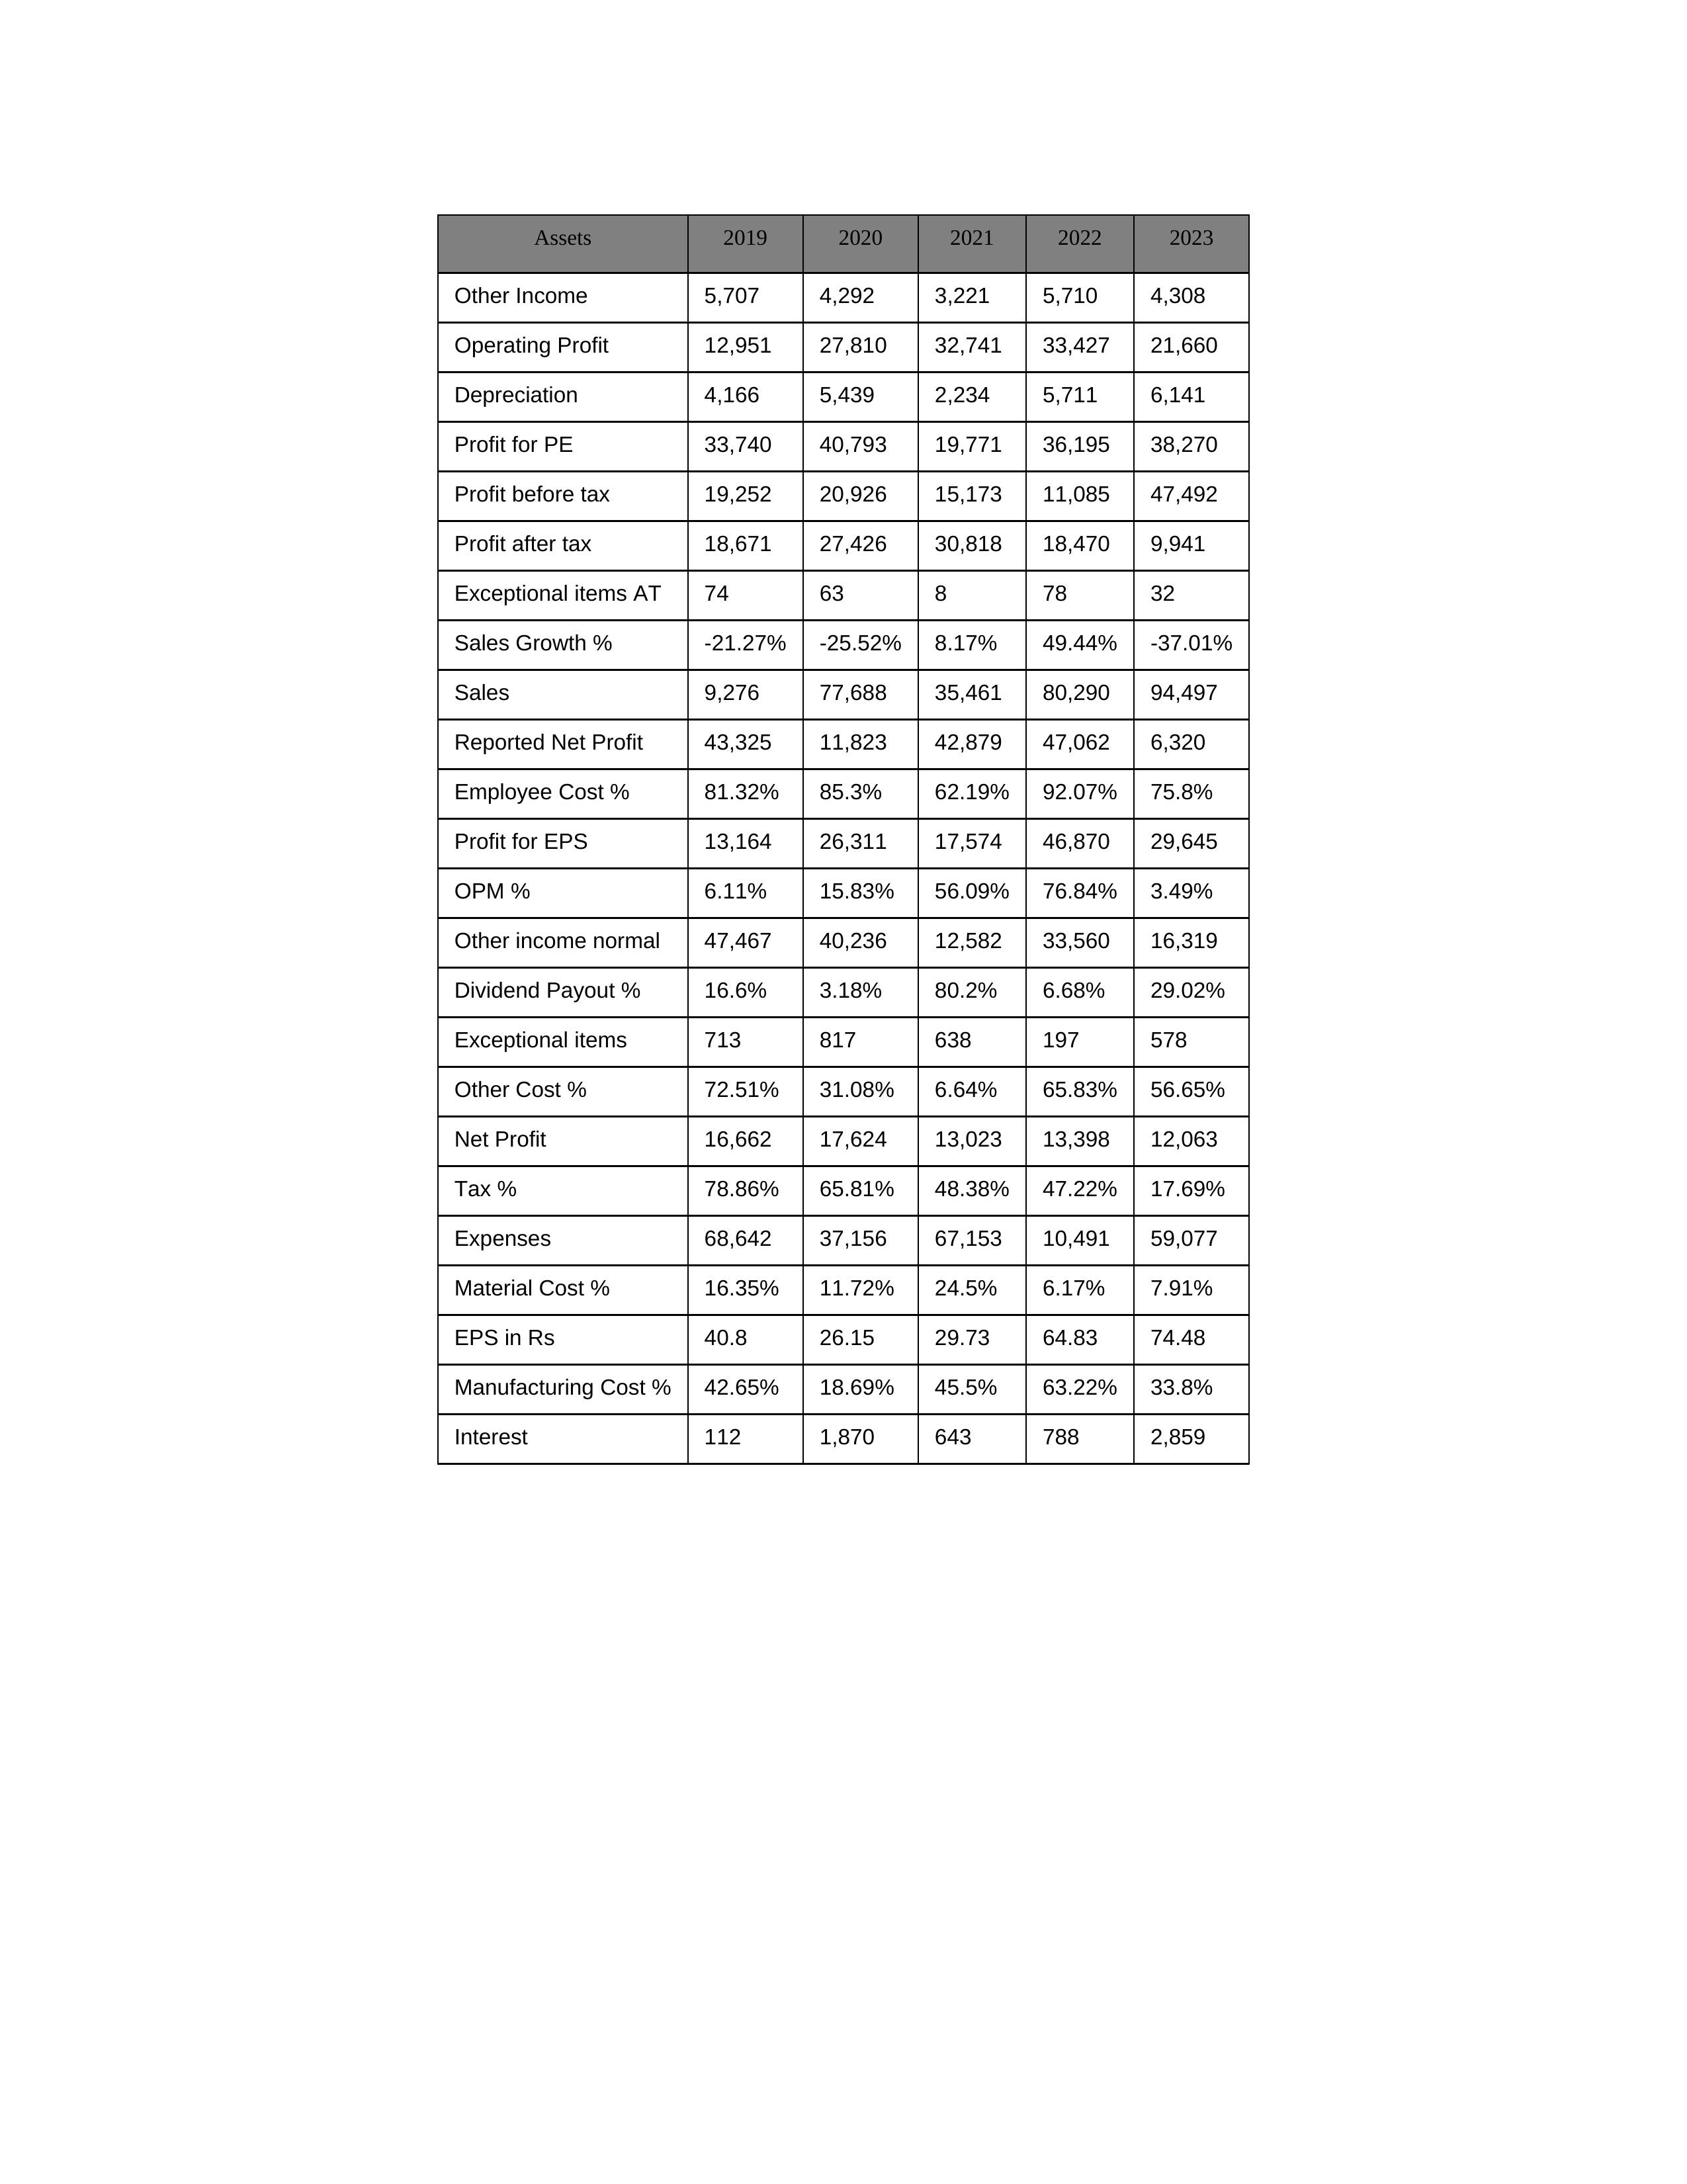
gt_parse: 2019: Sales: 9,276
Sales Growth %: -21.27%
Expenses: 68,642
Material Cost %: 16.35%
Manufacturing Cost %: 42.65%
Employee Cost %: 81.32%
Other Cost %: 72.51%
Operating Profit: 12,951
OPM %: 6.11%
Other Income: 5,707
Exceptional items: 713
Other income normal: 47,467
Interest: 112
Depreciation: 4,166
Profit before tax: 19,252
Tax %: 78.86%
Net Profit: 16,662
Profit after tax: 18,671
Reported Net Profit: 43,325
Profit for EPS: 13,164
Exceptional items AT: 74
Profit for PE: 33,740
EPS in Rs: 40.8
Dividend Payout %: 16.6%
2020: Sales: 77,688
Sales Growth %: -25.52%
Expenses: 37,156
Material Cost %: 11.72%
Manufacturing Cost %: 18.69%
Employee Cost %: 85.3%
Other Cost %: 31.08%
Operating Profit: 27,810
OPM %: 15.83%
Other Income: 4,292
Exceptional items: 817
Other income normal: 40,236
Interest: 1,870
Depreciation: 5,439
Profit before tax: 20,926
Tax %: 65.81%
Net Profit: 17,624
Profit after tax: 27,426
Reported Net Profit: 11,823
Profit for EPS: 26,311
Exceptional items AT: 63
Profit for PE: 40,793
EPS in Rs: 26.15
Dividend Payout %: 3.18%
2021: Sales: 35,461
Sales Growth %: 8.17%
Expenses: 67,153
Material Cost %: 24.5%
Manufacturing Cost %: 45.5%
Employee Cost %: 62.19%
Other Cost %: 6.64%
Operating Profit: 32,741
OPM %: 56.09%
Other Income: 3,221
Exceptional items: 638
Other income normal: 12,582
Interest: 643
Depreciation: 2,234
Profit before tax: 15,173
Tax %: 48.38%
Net Profit: 13,023
Profit after tax: 30,818
Reported Net Profit: 42,879
Profit for EPS: 17,574
Exceptional items AT: 8
Profit for PE: 19,771
EPS in Rs: 29.73
Dividend Payout %: 80.2%
2022: Sales: 80,290
Sales Growth %: 49.44%
Expenses: 10,491
Material Cost %: 6.17%
Manufacturing Cost %: 63.22%
Employee Cost %: 92.07%
Other Cost %: 65.83%
Operating Profit: 33,427
OPM %: 76.84%
Other Income: 5,710
Exceptional items: 197
Other income normal: 33,560
Interest: 788
Depreciation: 5,711
Profit before tax: 11,085
Tax %: 47.22%
Net Profit: 13,398
Profit after tax: 18,470
Reported Net Profit: 47,062
Profit for EPS: 46,870
Exceptional items AT: 78
Profit for PE: 36,195
EPS in Rs: 64.83
Dividend Payout %: 6.68%
2023: Sales: 94,497
Sales Growth %: -37.01%
Expenses: 59,077
Material Cost %: 7.91%
Manufacturing Cost %: 33.8%
Employee Cost %: 75.8%
Other Cost %: 56.65%
Operating Profit: 21,660
OPM %: 3.49%
Other Income: 4,308
Exceptional items: 578
Other income normal: 16,319
Interest: 2,859
Depreciation: 6,141
Profit before tax: 47,492
Tax %: 17.69%
Net Profit: 12,063
Profit after tax: 9,941
Reported Net Profit: 6,320
Profit for EPS: 29,645
Exceptional items AT: 32
Profit for PE: 38,270
EPS in Rs: 74.48
Dividend Payout %: 29.02%